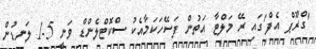
'ގްރޫޕް އެފް'ގައި ރޭ މަލްޓާ އަތުން ފަސޭހަކަމާއެކު ސްކޮޓްލެންޑް ވަނީ 5-1 ލަނޑުން